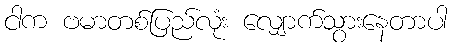
ငါက ဗမာတစ်ပြည်လုံး လျှောက်သွားနေတာပါ